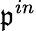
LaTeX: \mathfrak{p}^{in}